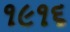
૧૯૧૬